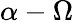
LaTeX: \alpha-\Omega